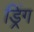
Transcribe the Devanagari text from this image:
ड्रिंग